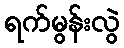
ရက်မွန်းလွဲ